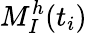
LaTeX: M_{I}^{h}(t_{i})